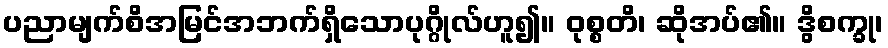
ပညာမျက်စိအမြင်အဘက်ရှိသောပုဂ္ဂိုလ်ဟူ၍။ ဝုစ္စတိ၊ ဆိုအပ်၏။ ဒွိစက္ခု၊